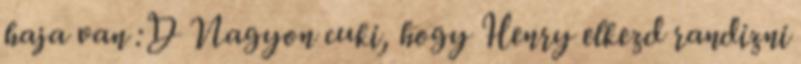
haja van :D Nagyon cuki, hogy Henry elkezd randizni